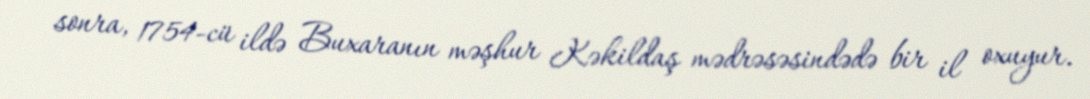
sonra, 1754-cü ildə Buxaranın məşhur Kəkildaş mədrəsəsindədə bir il oxuyur.